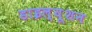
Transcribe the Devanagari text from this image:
डाइल्यूशन